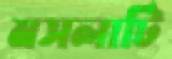
মসলাটি